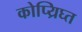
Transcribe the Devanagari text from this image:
कोप्य्रिघ्त